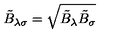
\tilde { B } _ { \lambda \sigma } = \sqrt { \tilde { B } _ { \lambda } \tilde { B } _ { \sigma } }